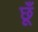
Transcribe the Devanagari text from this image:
छूँ